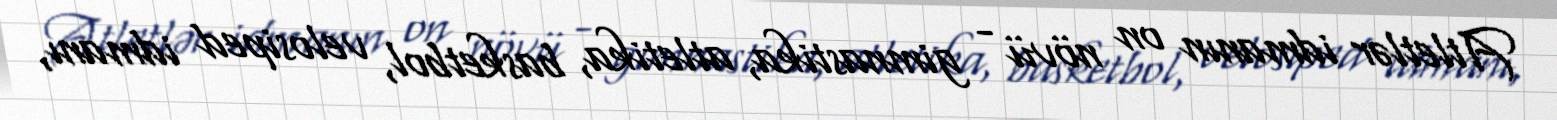
Atletlər idmanın on növü - gimnastika, atletika, basketbol, velosiped idmanı,